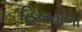
હિલવાળા